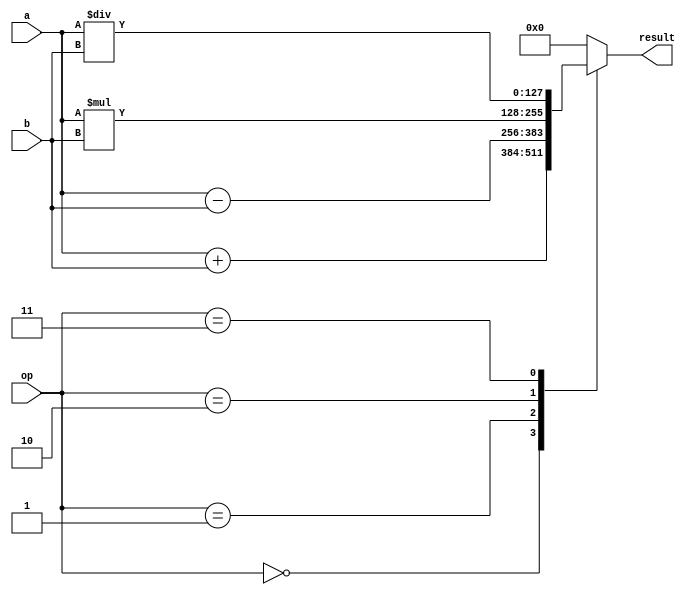
module quad_precision_float_unit (
    input wire [127:0] a,
    input wire [127:0] b,
    input wire [3:0] op,
    output reg [127:0] result
);

always @(*) begin
    case(op)
        4'b0000: result = a + b; // Addition
        4'b0001: result = a - b; // Subtraction
        4'b0010: result = a * b; // Multiplication
        4'b0011: result = a / b; // Division
        default: result = 128'h00000000000000000000000000000000; // Default to 0
    endcase
end

endmodule